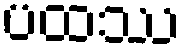
ပထဿ